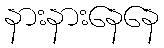
နားနားနေနေ